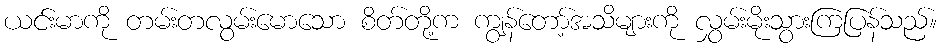
ယင်းမာကို တမ်းတလွမ်းမောသော စိတ်တို့က ကျွန်တော့်အသိများကို လွှမ်းမိုးသွားကြပြန်သည်။